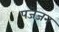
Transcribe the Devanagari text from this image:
पजेजन